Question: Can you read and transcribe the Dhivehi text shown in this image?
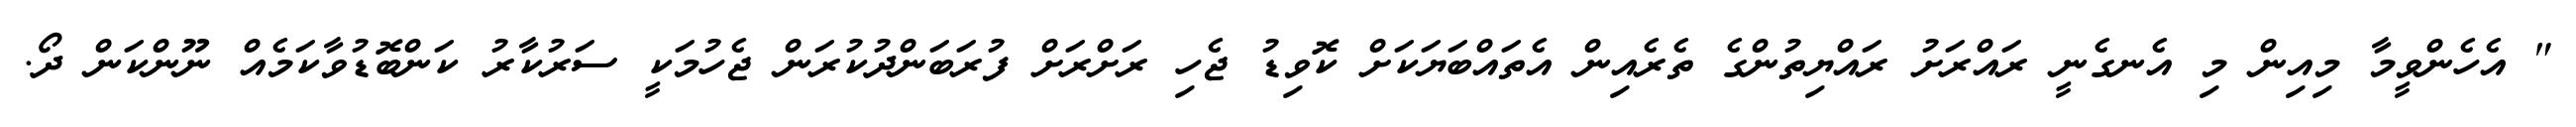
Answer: " އެހެންވީމާ މިއިން މި އެނގެނީ ރައްރަށު ރައްޔިތުންގެ ތެރެއިން އެތައްބަޔަކަށް ކޮވިޑު ޖެހި ރަށްރަށް ފުރަބަންދުކުރަން ޖެހުމަކީ ސަރުކާރު ކަންބޮޑުވާކަމެއް ނޫންކަން ދޯ.